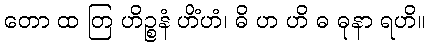
တော ထ တြ ဟိဉ္စနံ ဟိံဟံ၊ ဓိ ဟ ဟိ ဓ ဓုနာ ရဟိ။